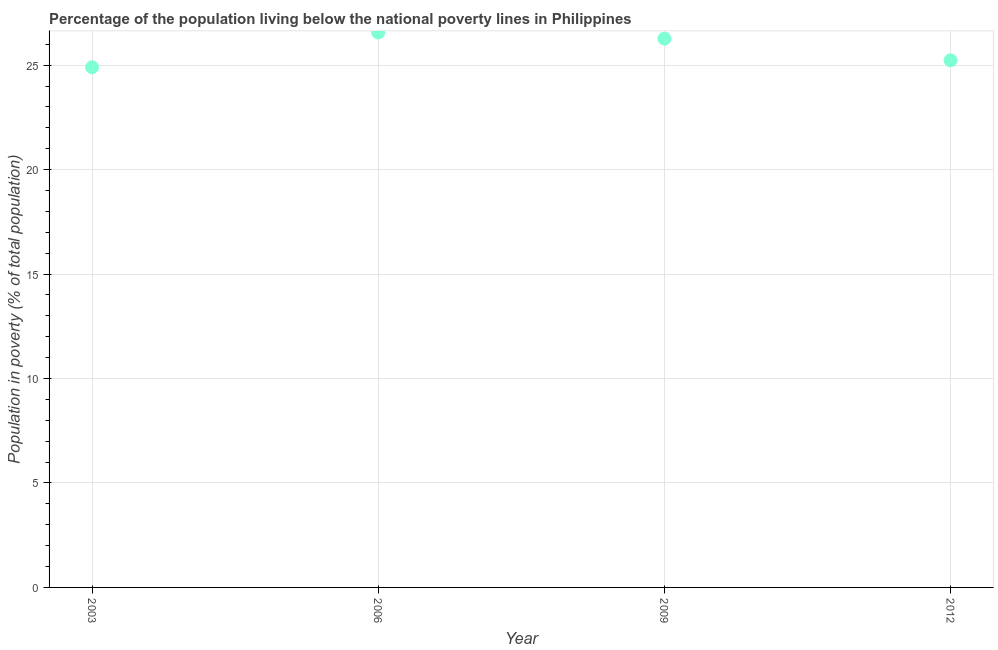
| Year | Poverty headcount ratio |
 | --- | --- |
 | 2003 | 24.9 |
 | 2006 | 26.6 |
 | 2009 | 26.3 |
 | 2012 | 25.2 |